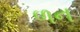
ળન